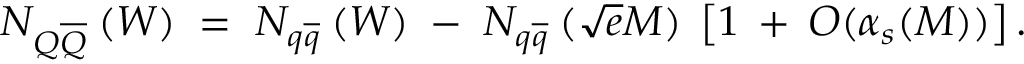
N _ { Q \overline { { { Q } } } } \: ( W ) \; = \; N _ { q \overline { { { q } } } } \: ( W ) \; - \; N _ { q \overline { { { q } } } } \: ( \sqrt { e } M ) \; \left[ 1 \: + \: { \cal O } ( \alpha _ { s } ( M ) ) \right] .